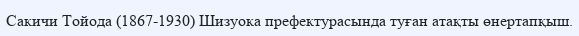
Сакичи Тойода (1867-1930) Шизуока префектурасында туған атақты өнертапқыш.